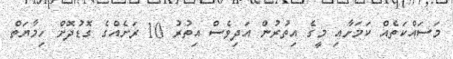
މަސައްކަތެއް ކަމަށާއި މީގެ އިތުރުން އަދިވެސް އިތުރު 10 ރަށެއްގެ ގޮޑުދޮށް ހިމާޔަތް